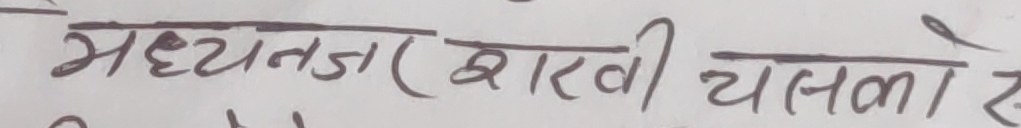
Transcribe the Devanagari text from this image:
मध्यनजर राखी चल्यो रे